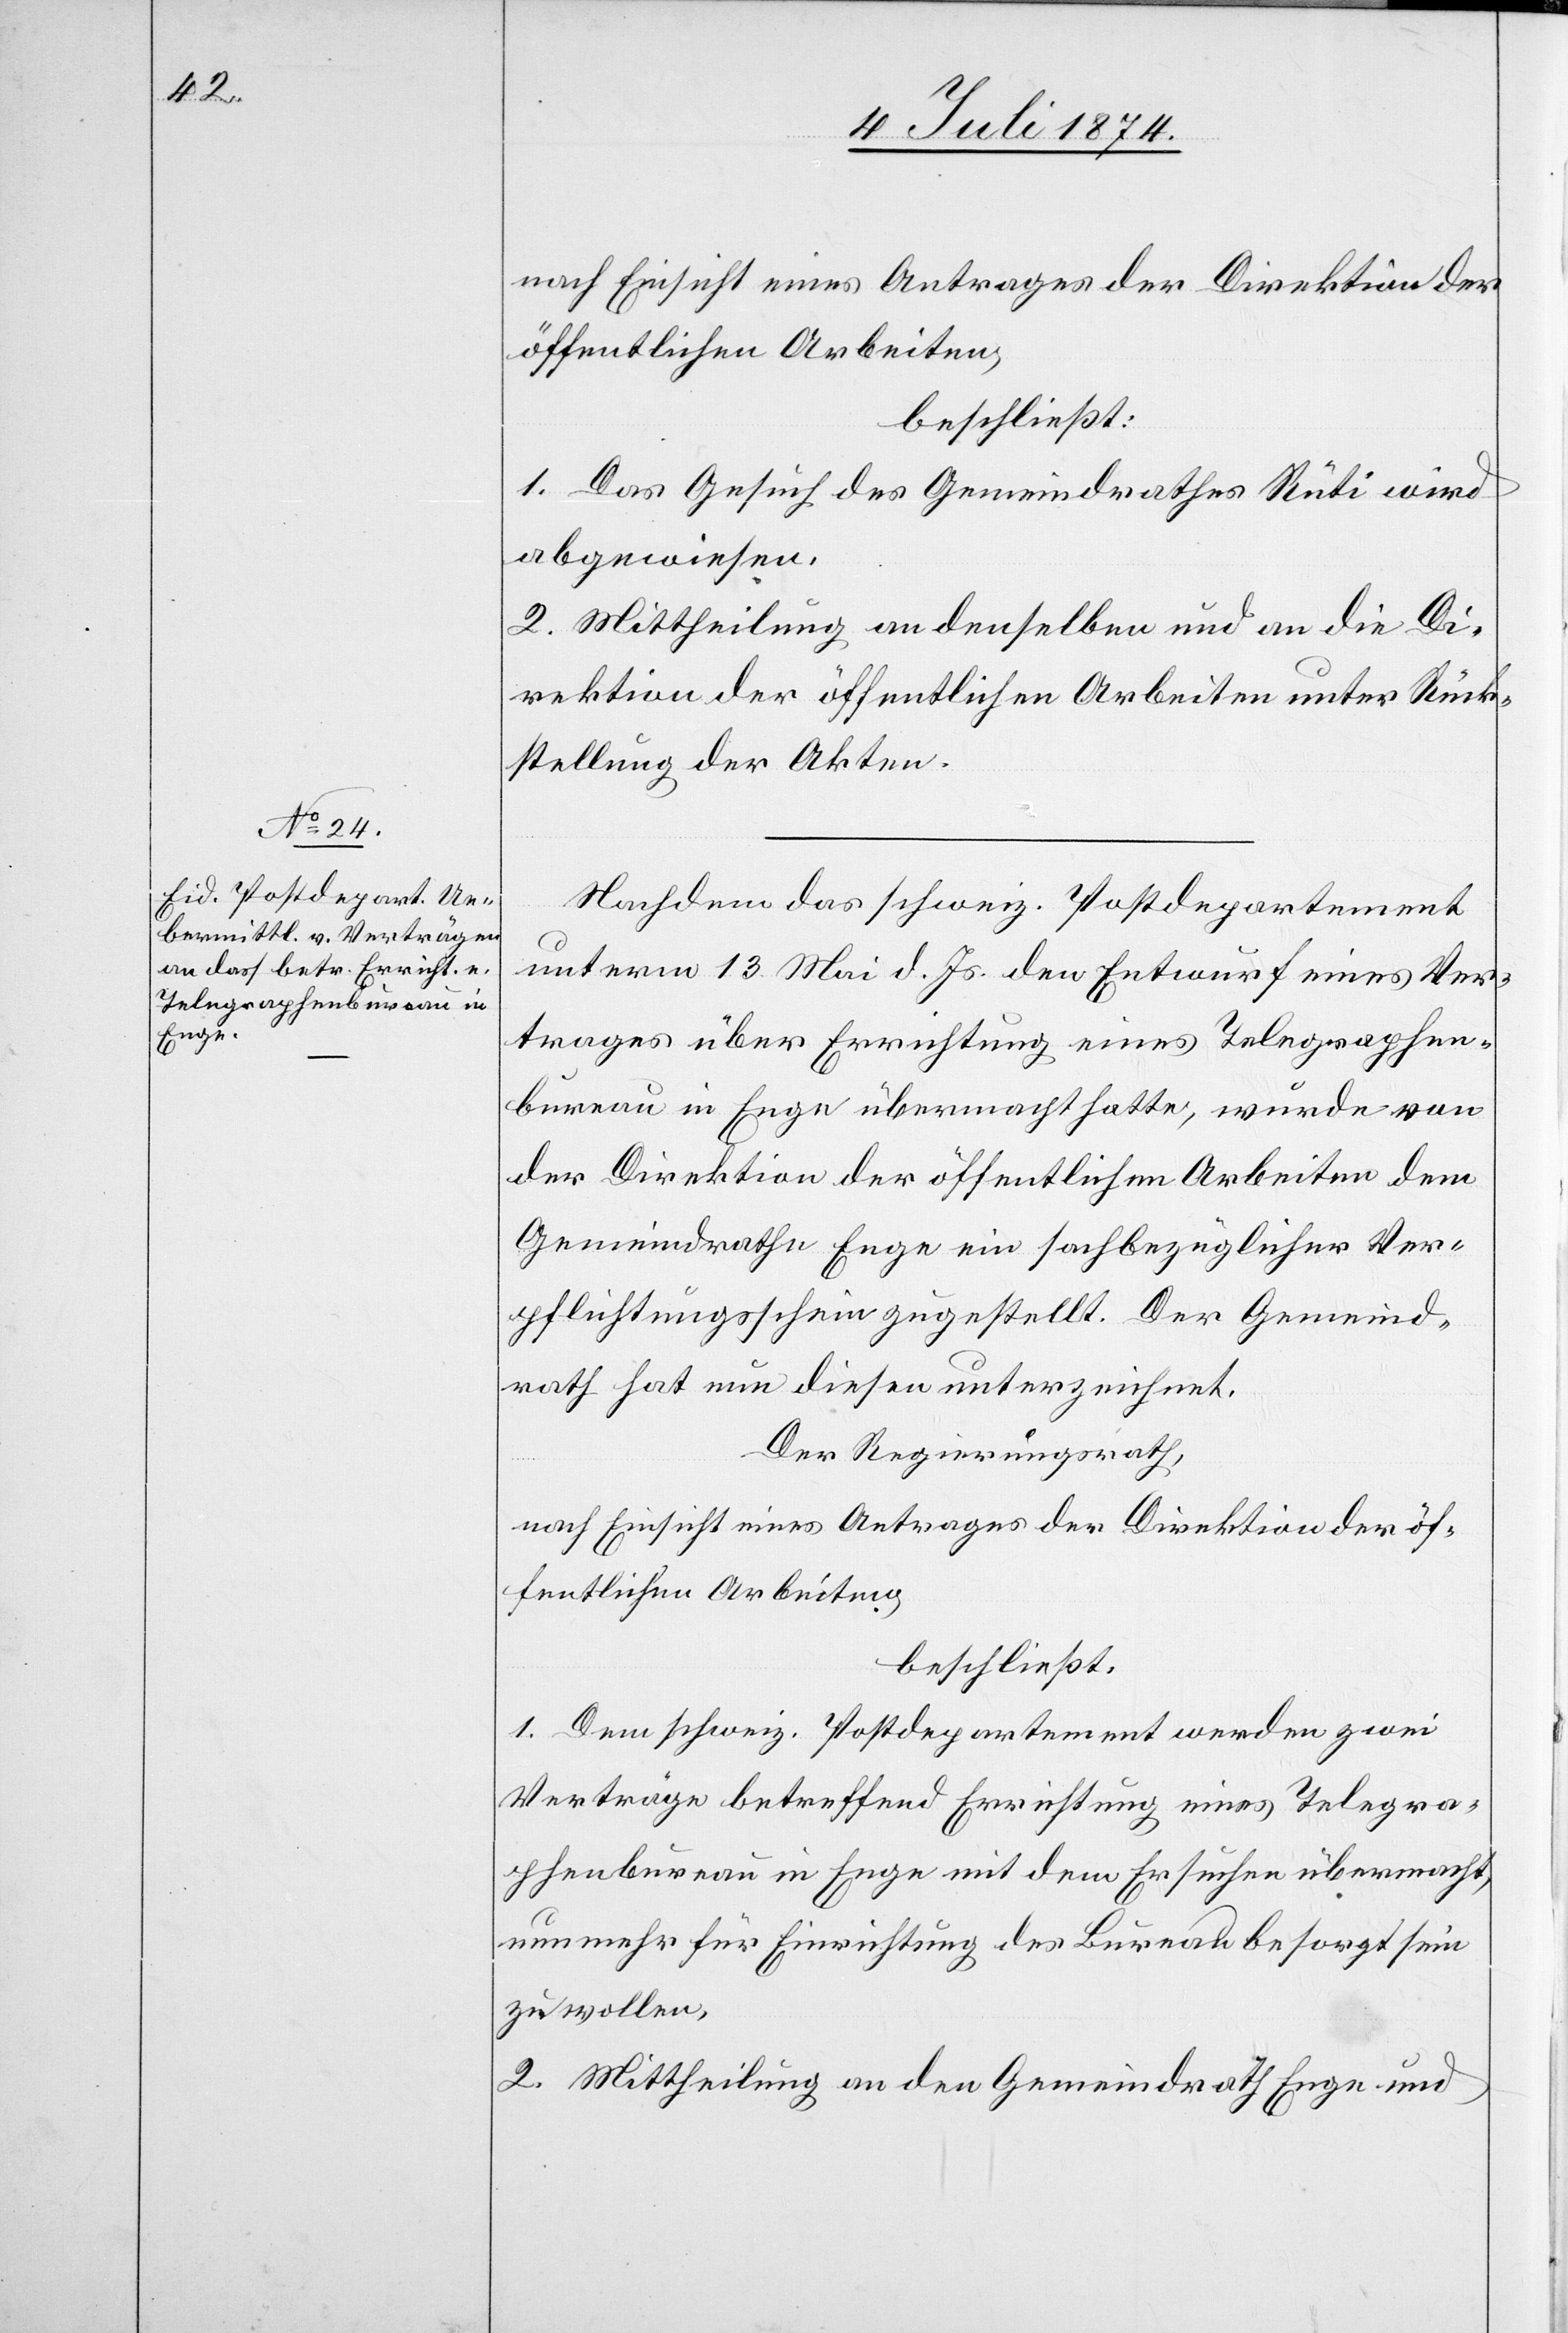
nach Einsicht eines Antrages der Direktion der
öffentlichen Arbeiten,
beschließt:
1. Das Gesuch des Gemeindrathes Rüti wird
abgewiesen.
2. Mittheilung an denselben und an die Di¬
rektion der öffentlichen Arbeiten unter Rück¬
stellung der Akten.
Nachdem das schweiz. Postdepartement
unterm 13. Mai d. Js. den Entwurf eines Ver¬
trages über Errichtung eines Telegraphen¬
bureau in Enge übermacht hatte, wurde von
der Direktion der öffentlichen Arbeiten dem
Gemeindrathe Enge ein sachbezüglicher Ver¬
pflichtungsschein zugestellt. Der Gemeind¬
rath hat nun diesen unterzeichnet.
Der Regierungsrath,
1. Dem schweiz. Postdepartement werden zwei
Verträge betreffend Errichtung eines Telegra¬
phenbureau in Enge mit dem Ersuchen übermacht,
nunmehr für Einrichtung des Bureau besorgt sein
zu wollen.
2. Mittheilung an den Gemeindrath Enge und